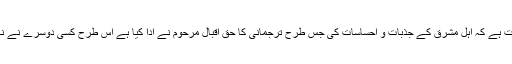
یہ ایک حقیقت ہے کہ اہل مشرق کے جذبات و احساسات کی جس طرح ترجمانی کا حق اقبال مرحوم نے ادا کیا ہے اس طرح کسی دوسرے نے نہیں کیا ہے ۔